Annual report of the Bengal Veterinary College, and of the Civil Veterinary Department, Bengal, for the year 1901-1902 - 1901-1902
Year: 1901
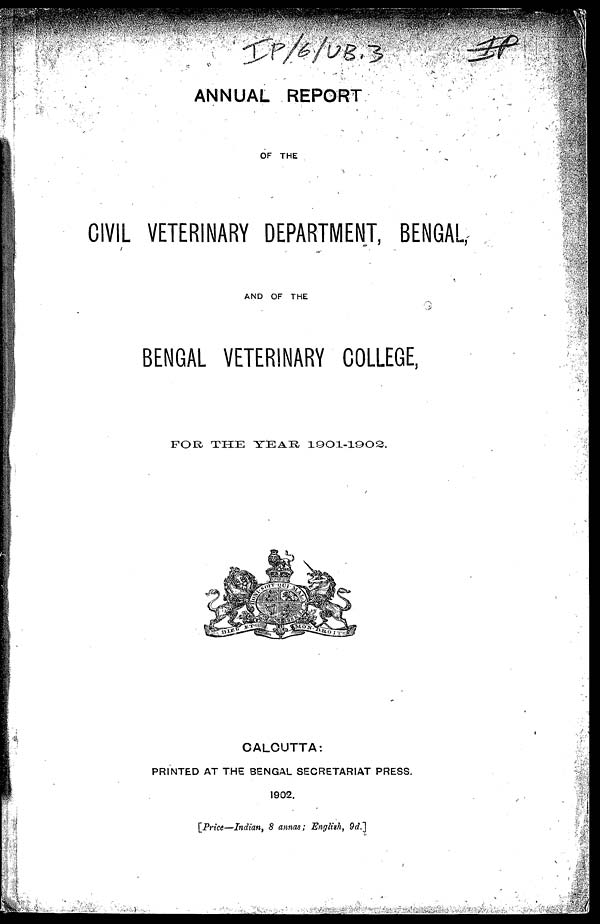
ANNUAL REPORT
OF THE
CIVIL VETERINARY DEPARTMENT, BENGAL,
AND OF THE
BENGAL VETERINARY COLLEGE,
FOR THE YEAR
1901-1902.
CALCUTTA:
PRINTED AT THE BENGAL SECRETARIAT PRESS.
1902.
[Price—Indian, 8 annas; English, 9d.]